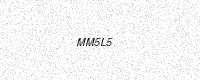
Text: MM5L5